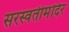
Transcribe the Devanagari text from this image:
सरस्वतीमंदिर